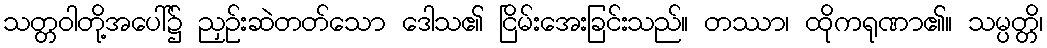
သတ္တဝါတို့အပေါ်၌ ညှဉ်းဆဲတတ်သော ဒေါသ၏ ငြိမ်းအေးခြင်းသည်။ တဿာ၊ ထိုကရုဏာ၏။ သမ္ပတ္တိ၊